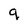
Character: q